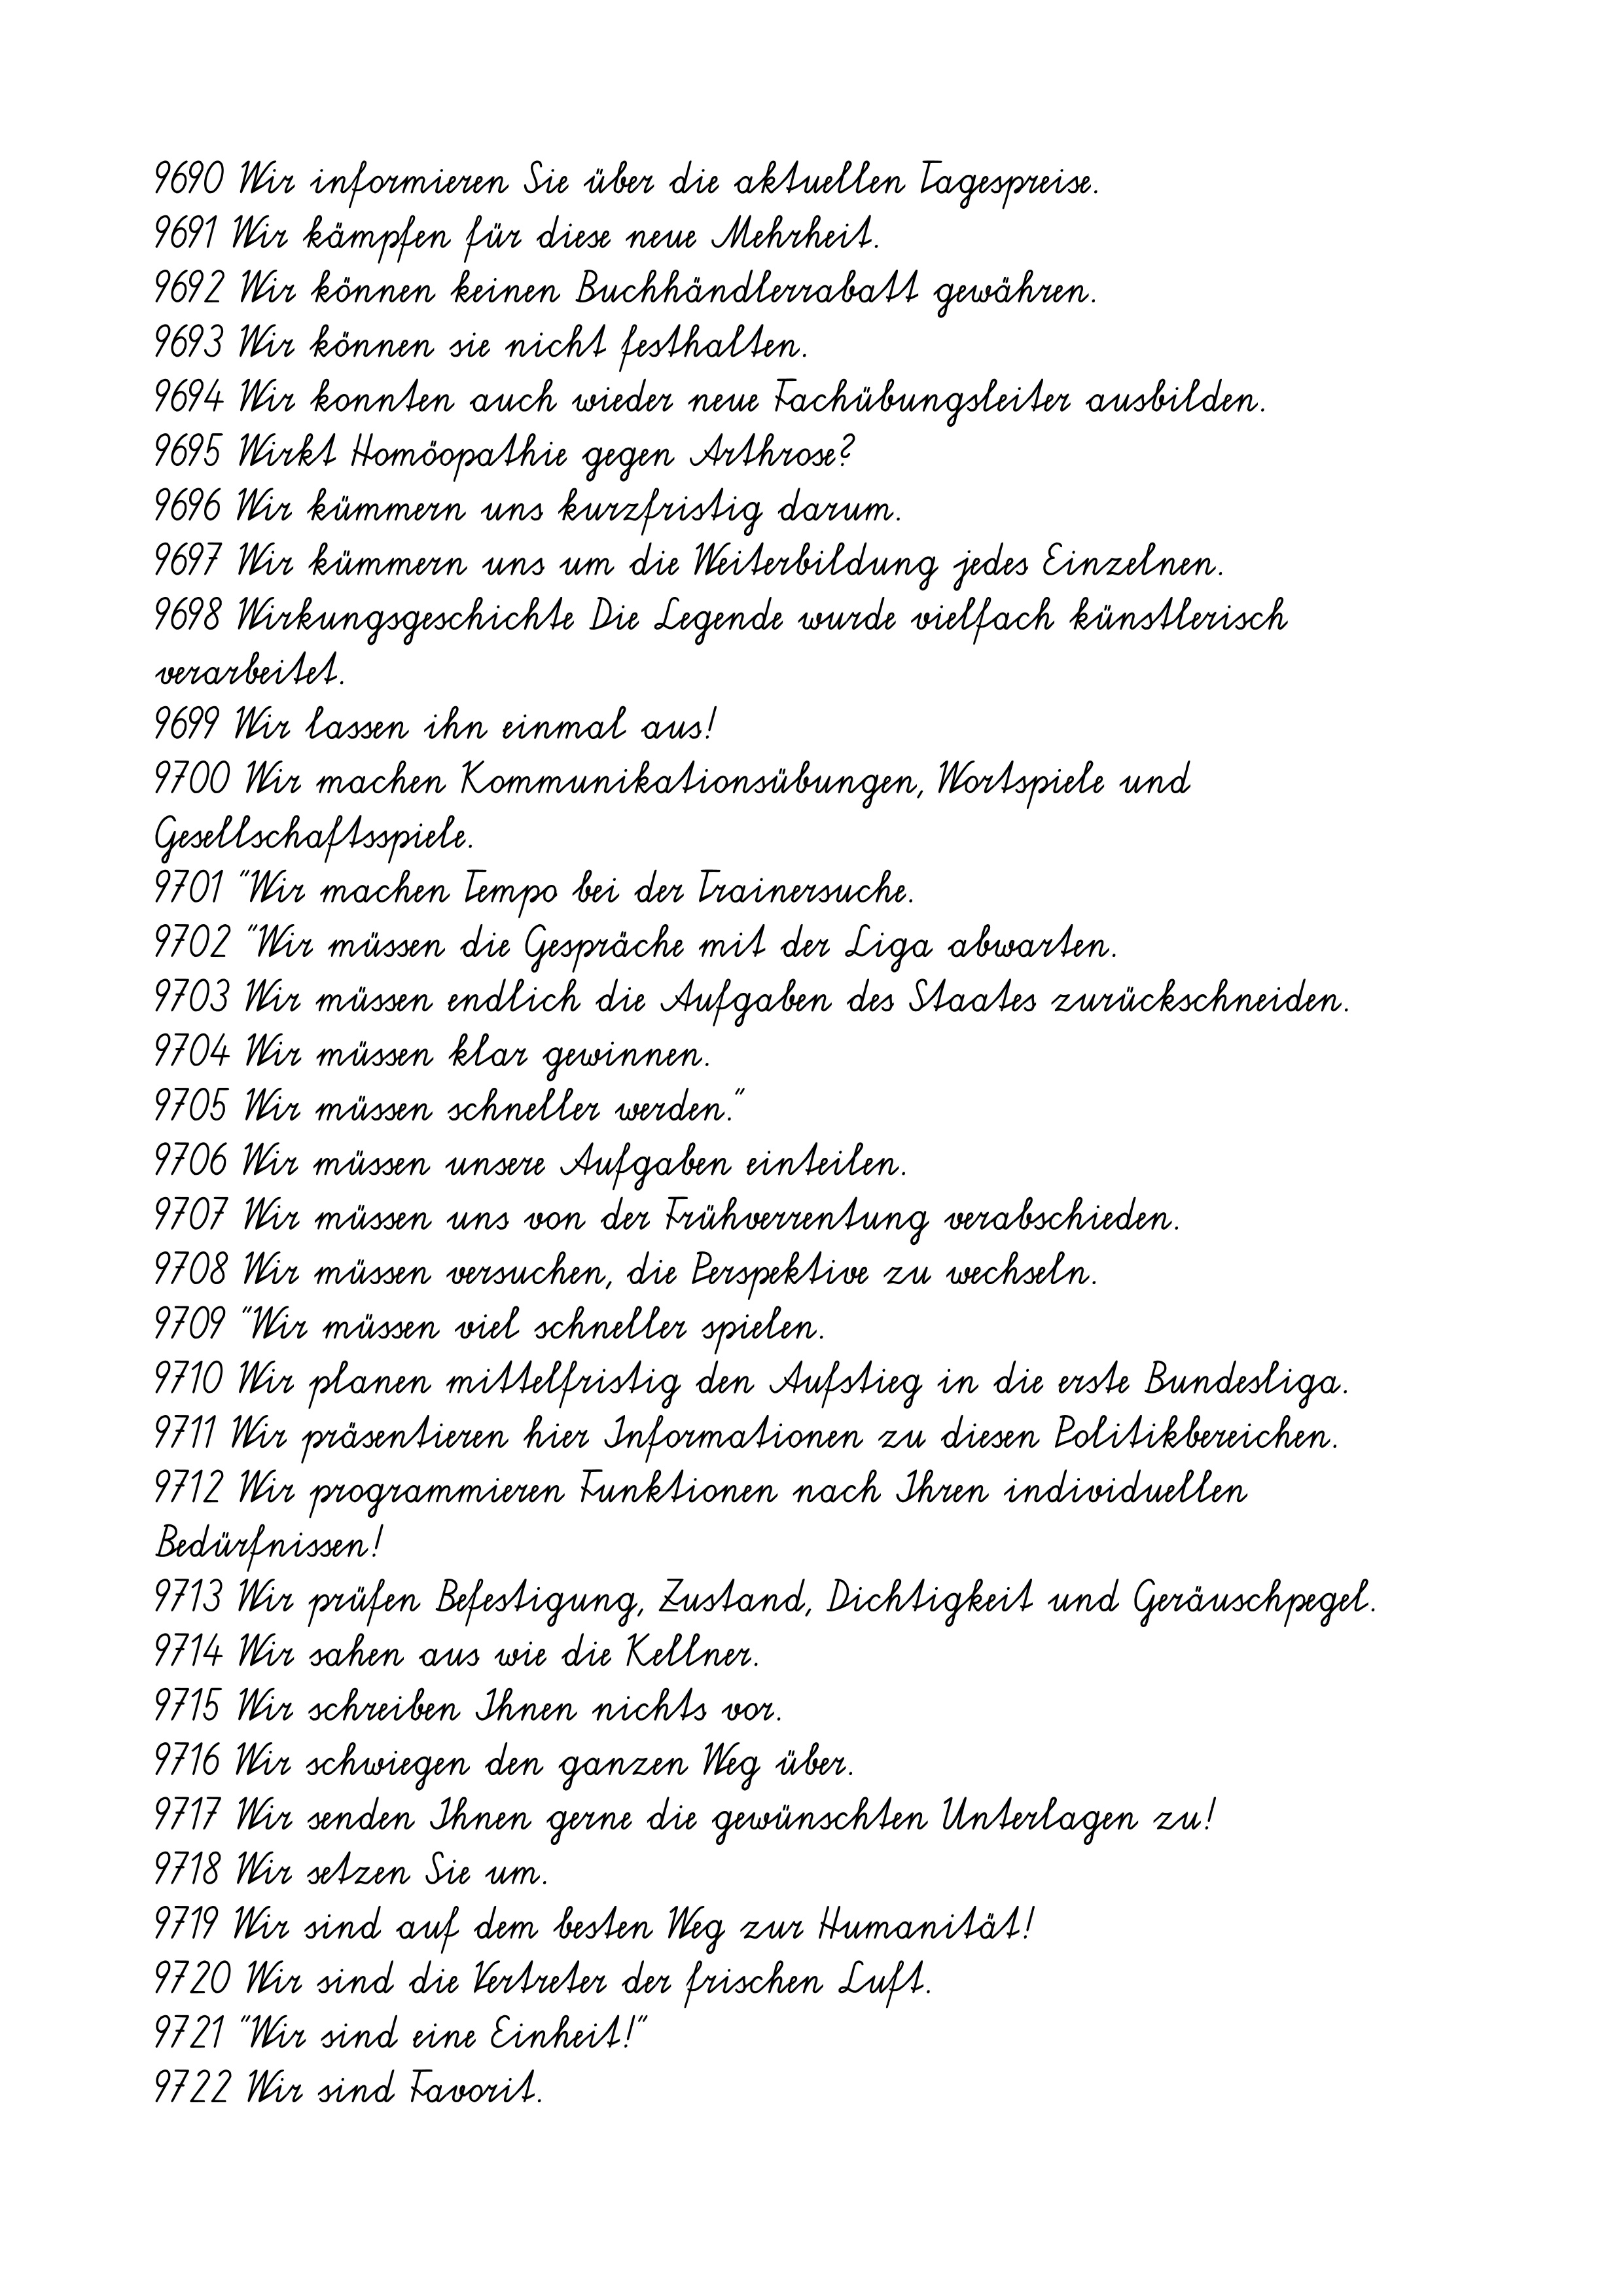
9690 Wir informieren Sie über die aktuellen Tagespreise.
9691 Wir kämpfen für diese neue Mehrheit.
9692 Wir können keinen Buchhändlerrabatt gewähren.
9693 Wir können sie nicht festhalten.
9694 Wir konnten auch wieder neue Fachübungsleiter ausbilden.
9695 Wirkt Homöopathie gegen Arthrose?
9696 Wir kümmern uns kurzfristig darum.
9697 Wir kümmern uns um die Weiterbildung jedes Einzelnen.
9698 Wirkungsgeschichte Die Legende wurde vielfach künstlerisch
verarbeitet.
9699 Wir lassen ihn einmal aus!
9700 Wir machen Kommunikationsübungen, Wortspiele und
Gesellschaftsspiele.
9701 "Wir machen Tempo bei der Trainersuche.
9702 "Wir müssen die Gespräche mit der Liga abwarten.
9703 Wir müssen endlich die Aufgaben des Staates zurückschneiden.
9704 Wir müssen klar gewinnen.
9705 Wir müssen schneller werden."
9706 Wir müssen unsere Aufgaben einteilen.
9707 Wir müssen uns von der Frühverrentung verabschieden.
9708 Wir müssen versuchen, die Perspektive zu wechseln.
9709 "Wir müssen viel schneller spielen.
9710 Wir planen mittelfristig den Aufstieg in die erste Bundesliga.
9711 Wir präsentieren hier Informationen zu diesen Politikbereichen.
9712 Wir programmieren Funktionen nach Ihren individuellen
Bedürfnissen!
9713 Wir prüfen Befestigung, Zustand, Dichtigkeit und Geräuschpegel.
9714 Wir sahen aus wie die Kellner.
9715 Wir schreiben Ihnen nichts vor.
9716 Wir schwiegen den ganzen Weg über.
9717 Wir senden Ihnen gerne die gewünschten Unterlagen zu!
9718 Wir setzen Sie um.
9719 Wir sind auf dem besten Weg zur Humanität!
9720 Wir sind die Vertreter der frischen Luft.
9721 "Wir sind eine Einheit!"
9722 Wir sind Favorit.